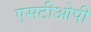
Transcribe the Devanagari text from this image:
एसटीओपी